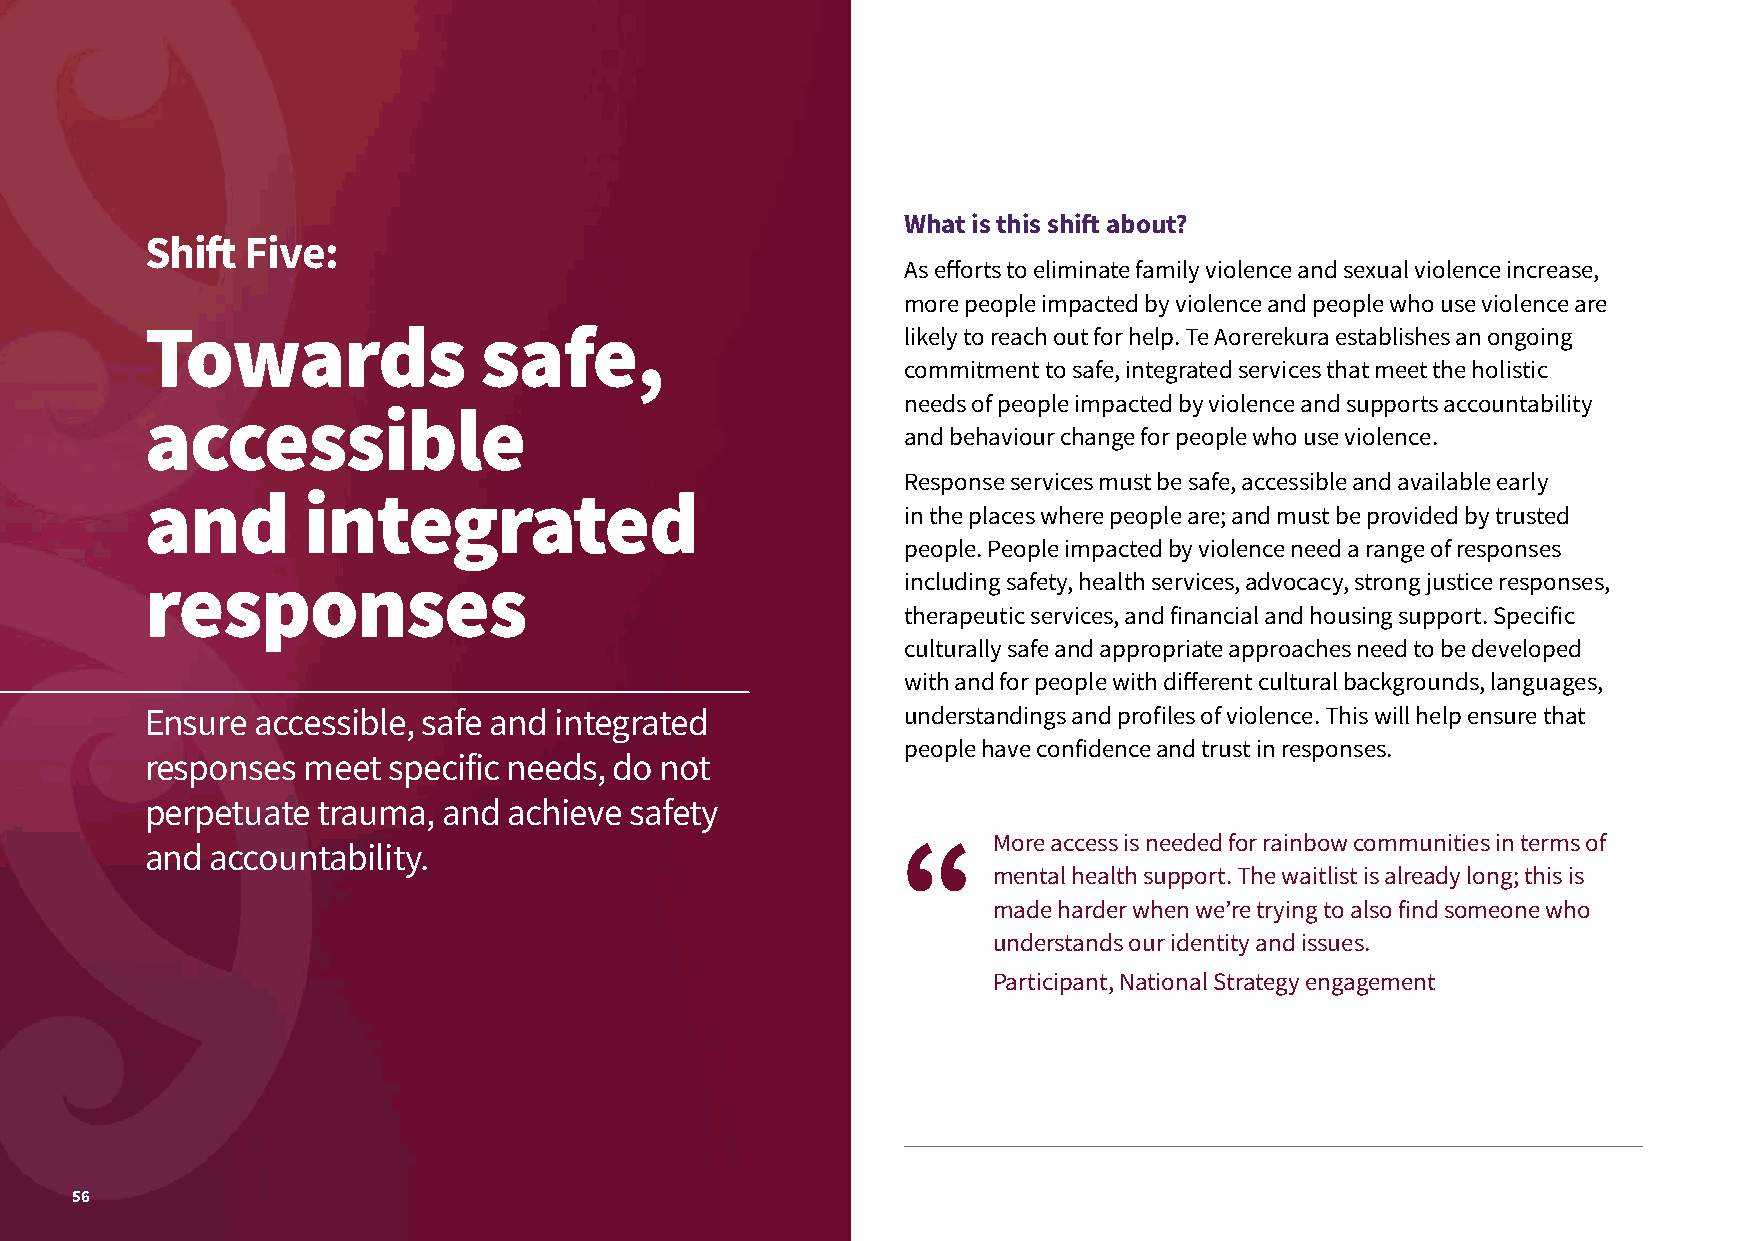
What is this shift about?
 Shift Five:
 As efforts to eliminate family violence and sexual violence increase,
 more people impacted by violence and people who use violence are
 Towards               safe,                       likely to reach out for help. Te Aorerekura establishes an ongoing
 commitment to safe, integrated services that meet the holistic
 needs of people impacted by violence and supports accountability
 accessible
 and behaviour change for people who use violence.
 Response services must be safe, accessible and available early
 and       integrated
 in the places where people are; and must be provided by trusted
 people. People impacted by violence need a range of responses
 responses                                         including safety, health services, advocacy, strong justice responses,
 therapeutic services, and financial and housing support. Specific
 culturally safe and appropriate approaches need to be developed
 with and for people with different cultural backgrounds, languages,
 Ensure accessible, safe and integrated            understandings and profiles of violence. This will help ensure that
 people have confidence and trust in responses.
 responses meet  specific needs, do not
 perpetuate trauma, and  achieve safety
 More access is needed for rainbow communities in terms of
 and accountability.
 mental health support. The waitlist is already long; this is
 made harder when we’re trying to also find someone who
 understands our identity and issues.
 Participant, National Strategy engagement
 55556666